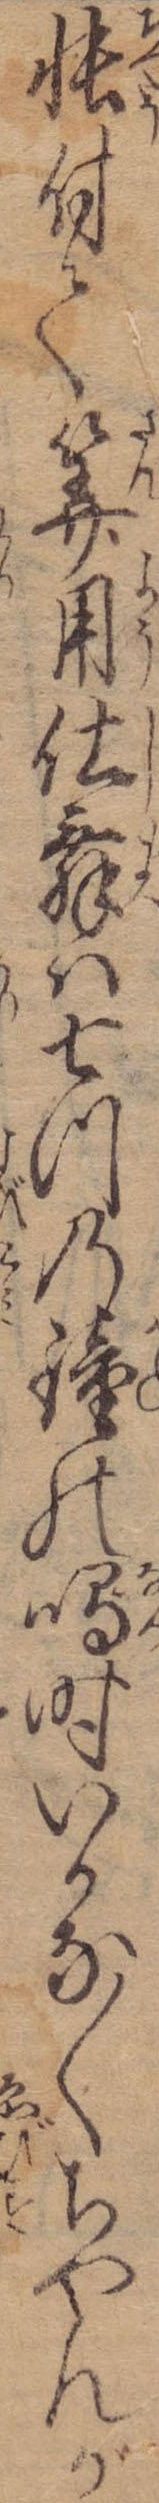
帳付て算用仕舞は七つの鐘の鳴時いかな〱ちやんが